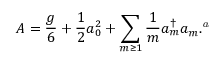
A = { \frac { g } { 6 } } + { \frac { 1 } { 2 } } a _ { 0 } ^ { 2 } + \sum _ { m \geq 1 } { \frac { 1 } { m } } a _ { m } ^ { \dagger } a _ { m } . \footnote { T h e o p e r a t o r A i n R e f . ~ 9 ) i s d i f f e r e n t f r o m A ( \ref { A } ) b y a f a c t o r 6 . }